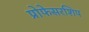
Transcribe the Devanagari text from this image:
प्रोफेसरशिप